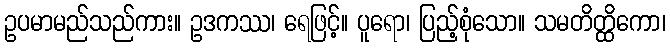
ဥပမာမည်သည်ကား။ ဥဒကဿ၊ ရေဖြင့်။ ပူရော၊ ပြည့်စုံသော။ သမတိတ္ထိကော၊